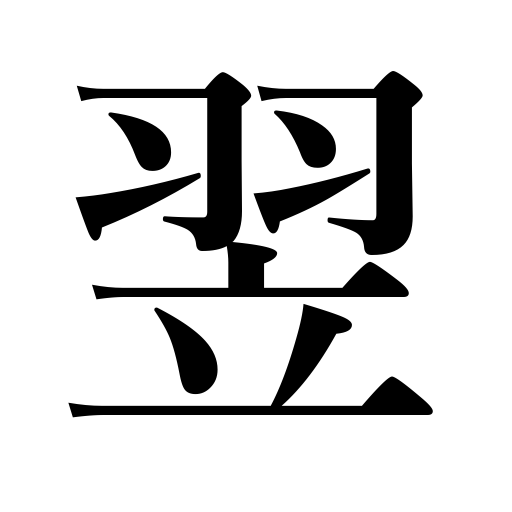
Meanings: next,following